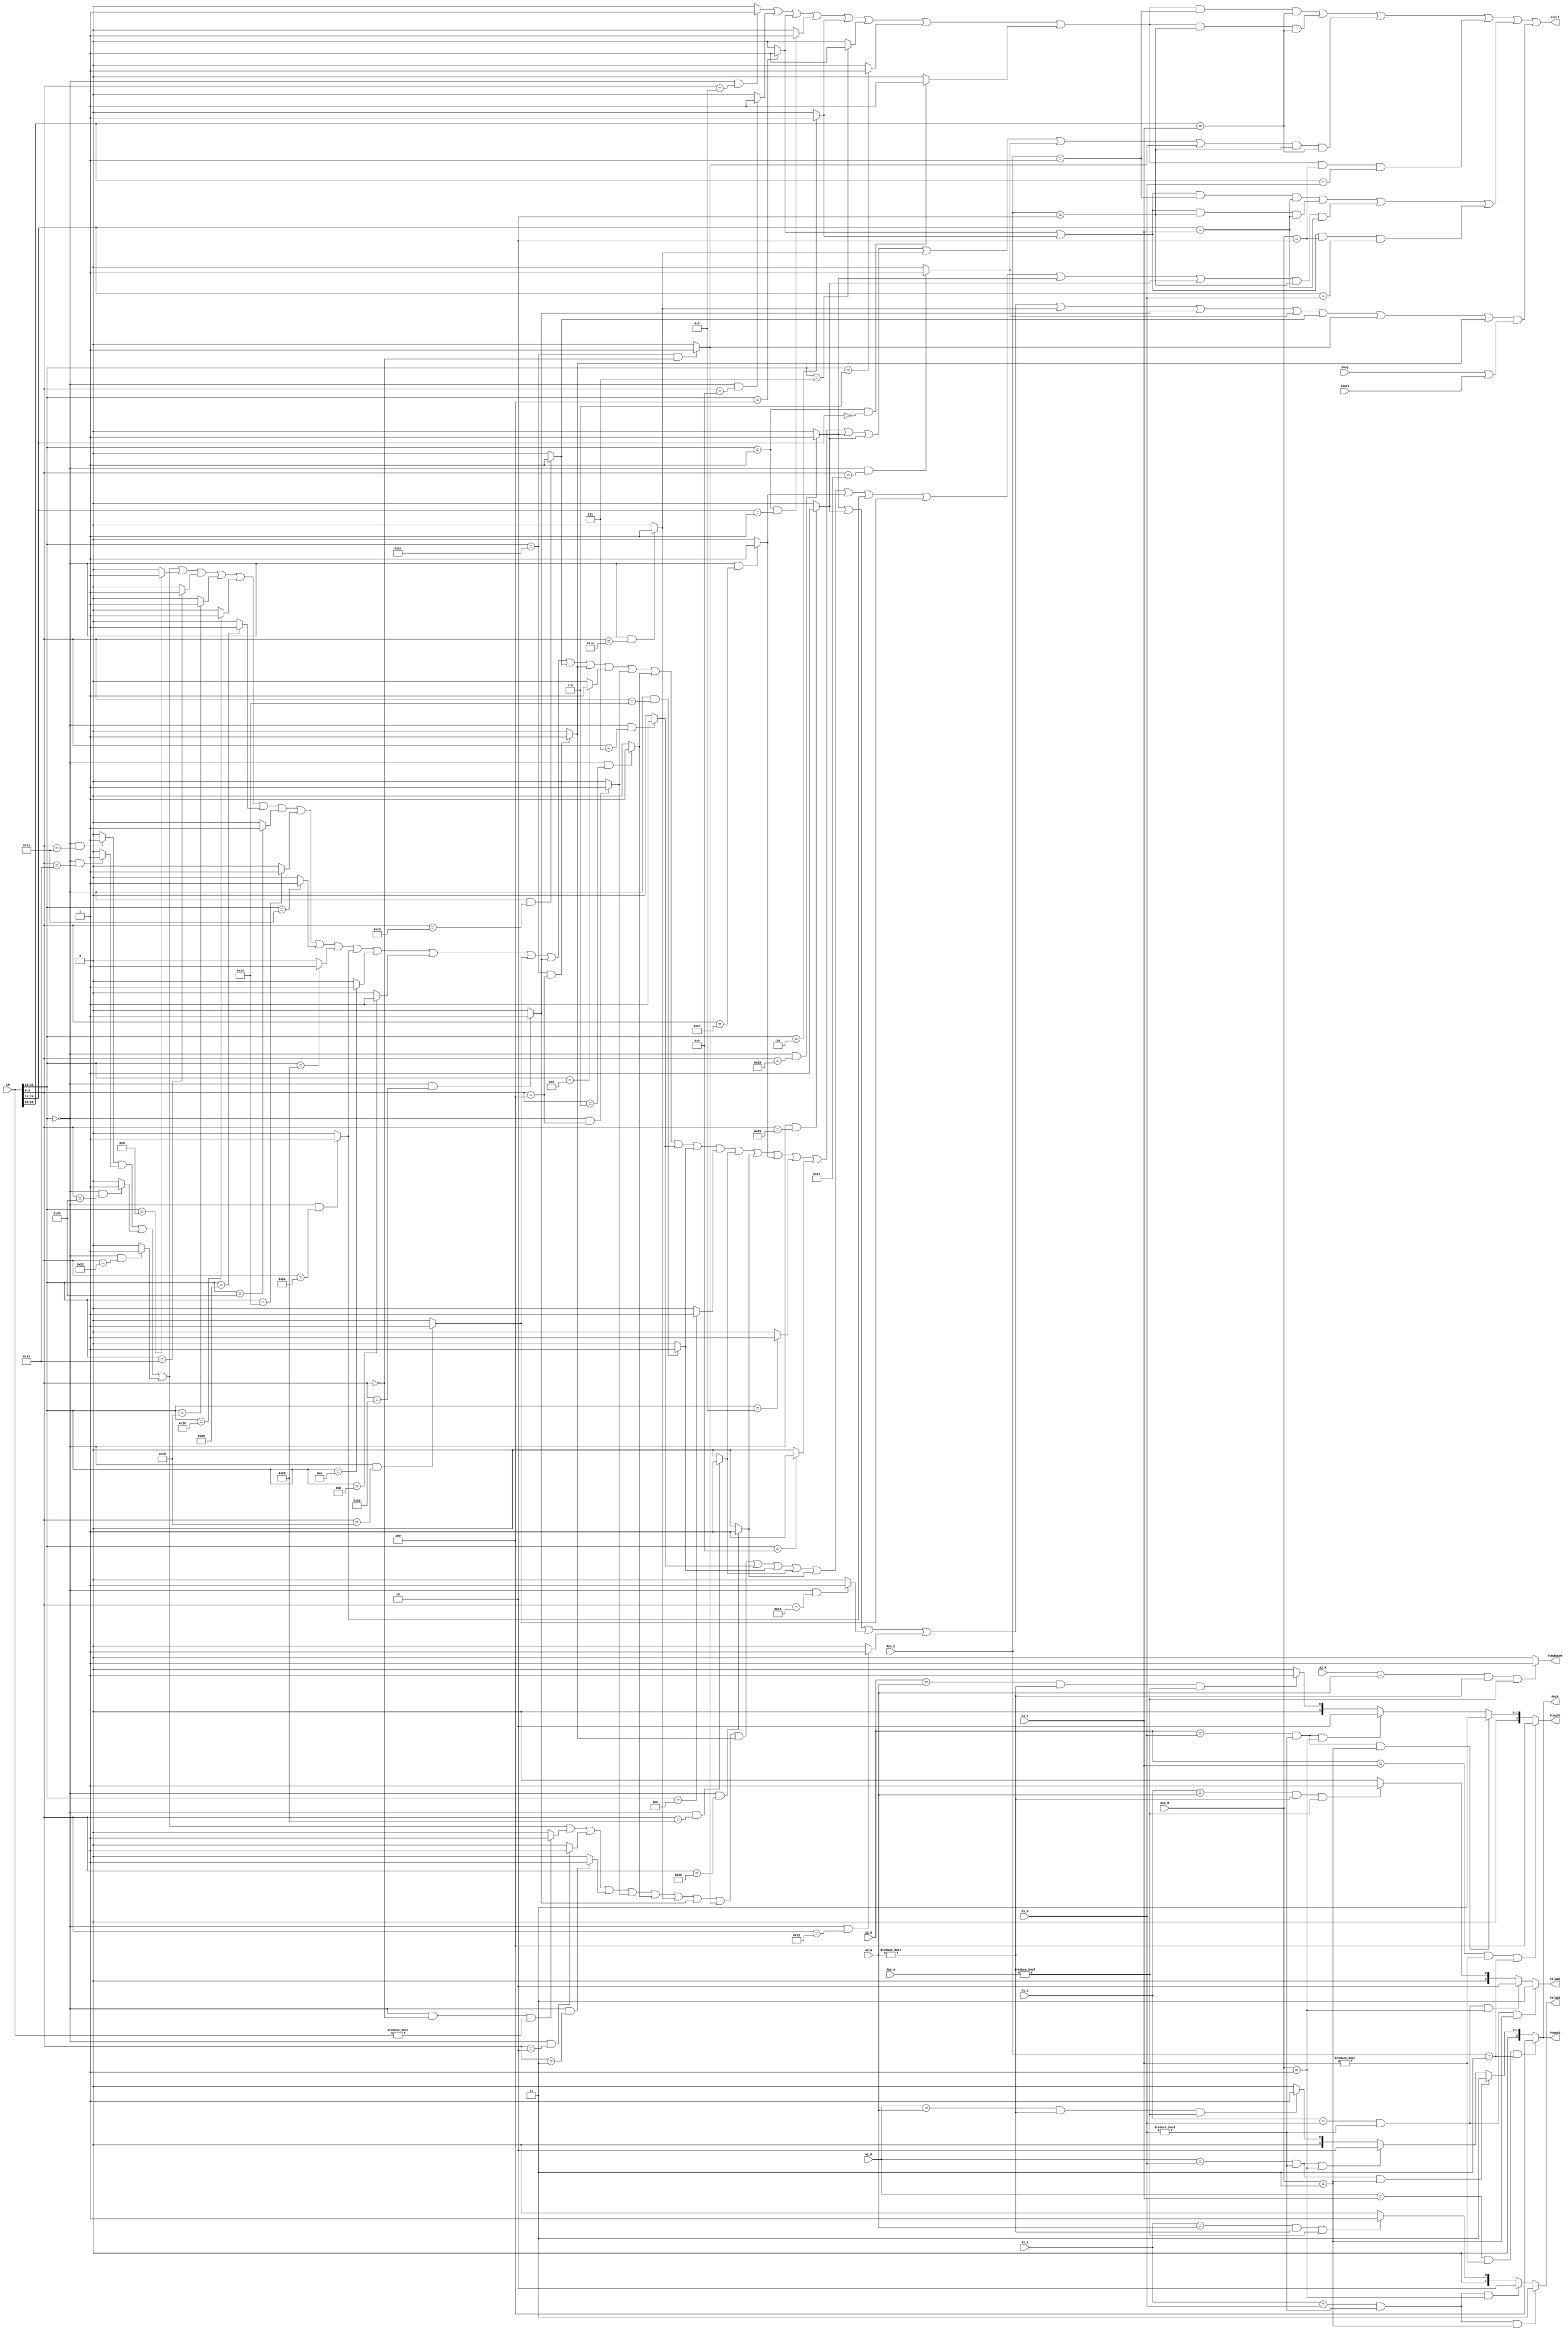
`timescale 1ns / 1ps

`define op	31:26
`define func	5:0
`define rs	25:21
`define rt	20:16

`define NW	2'b00
`define ALU 2'b01
`define DM 2'b10
`define PC 2'b11

`define EtoD_PC	3'd4
`define MtoD_PC	3'd3
`define MtoD_ALU	3'd2
`define WtoD_mux	3'd1
`define DtoD_V	3'd0

`define MtoE_PC	2'd3
`define MtoE_ALU	2'd2
`define WtoE_mux	2'd1
`define EtoE_V	2'd0

`define EtoF_PC	3'd4
`define MtoF_PC	3'd3
`define MtoF_ALU	3'd2
`define WtoF_mux	3'd1
`define FtoF_V	3'd0

`define WtoM_mux 1'b1
`define MtoM_V	1'b0

`define addu	6'b100001
`define subu	6'b100011
`define jr	6'b001000
`define jalr	6'b001001
`define ori	6'b001101
`define lw	6'b100011
`define sw	6'b101011
`define beq	6'b000100
`define lui	6'b001111
`define xori	6'b001110
`define jal	6'b000011
`define j	6'b000010
`define lb	6'b100000
`define lbu	6'b100100
`define lh	6'b100001
`define lhu	6'b100101
`define sb	6'b101000
`define sh	6'b101001
`define add	6'b100000
`define sub	6'b100010
`define sll	6'b000000
`define srl	6'b000010
`define sra	6'b000011
`define sllv	6'b000100
`define srlv	6'b000110
`define srav	6'b000111
`define andand	6'b100100
`define andi	6'b001100
`define oror	6'b100101
`define xorxor	6'b100110
`define nornor	6'b100111
`define bgez	6'b000001
`define bltz	6'b000001
`define blez	6'b000110
`define bgtz	6'b000111
`define addi	6'b001000
`define addiu	6'b001001
`define slt	6'b101010
`define slti	6'b001010
`define sltu	6'b101011
`define sltiu	6'b001011
`define bne	6'b000101
`define mult	6'b011000
`define multu	6'b011001
`define mfhi	6'b010000
`define mflo	6'b010010
`define div	6'b011010
`define divu	6'b011011
`define mthi	6'b010001
`define mtlo	6'b010011
`define madd	6'b011100
`define msub	6'b000100

//////////////////////////////////////////////////////////////////////////////////
// Company: 
// Engineer: 
// 
// Design Name: 
// Module Name:    hazard 
// Project Name: 
// Target Devices: 
// Tool versions: 
// Description: 
//
// Dependencies: 
//
// Revision: 
// Revision 0.01 - File Created
// Additional Comments: 
//
//////////////////////////////////////////////////////////////////////////////////
module hazard(
	input [31:0] IR,
	input [1:0] Res_E,
	input [1:0] Res_M,
	input [1:0] Res_W,
	input [4:0] A3_E,
	input [4:0] A3_M,
	input [4:0] A3_W,
	input [4:0] A1_D,
	input [4:0] A2_D,
	input [4:0] A1_E,
	input [4:0] A2_E,
	input [4:0] A2_M,
	input busy,
	input start,
	output stall,
	output [2:0] Fcmp1D,
	output [2:0] Fcmp2D,
	output [1:0] FaluaE,
	output [1:0] FalubE,
	output [2:0] FPCF,
	output FdmdataM
    );
	 /**/
	wire addu = (IR[`op] == 6'b0 && IR[`func] == `addu) ? 1 : 0;
	wire subu = (IR[`op] == 6'b0 && IR[`func] == `subu) ? 1 : 0;
	wire add = (IR[`op] == 6'b0 && IR[`func] == `add) ? 1 : 0;
	wire sub = (IR[`op] == 6'b0 && IR[`func] == `sub) ? 1 : 0;
	wire jr = (IR[`op] == 6'b0 && IR[`func] == `jr) ? 1 : 0;
	wire jalr = (IR[`op] == 6'b0 && IR[`func] == `jalr) ? 1 : 0;
	wire ori = (IR[`op] == `ori) ? 1 : 0;
	wire lw = (IR[`op] == `lw) ? 1 : 0;
	wire sw = (IR[`op] == `sw) ? 1 : 0;
	wire beq = (IR[`op] == `beq) ? 1 : 0;
	wire lui = (IR[`op] == `lui) ? 1 : 0;
	wire xori = (IR[`op] == `xori) ? 1 : 0;
	wire jal = (IR[`op] == `jal) ? 1 : 0;
	wire j = (IR[`op] == `j) ? 1 : 0;
	wire lb = (IR[`op] == `lb) ? 1 : 0;
	wire lbu = (IR[`op] == `lbu) ? 1 : 0;
	wire lh = (IR[`op] == `lh) ? 1 : 0;
	wire lhu = (IR[`op] == `lhu) ? 1 : 0;
	wire sb = (IR[`op] == `sb) ? 1 : 0;
	wire sh = (IR[`op] == `sh) ? 1 : 0;
	wire sll = (IR[`op] == 6'b0 && IR[`func] == `sll && IR != 32'b0) ? 1 : 0;
	wire srl = (IR[`op] == 6'b0 && IR[`func] == `srl) ? 1 : 0;
	wire sra = (IR[`op] == 6'b0 && IR[`func] == `sra) ? 1 : 0;
	wire sllv = (IR[`op] == 6'b0 && IR[`func] == `sllv) ? 1 : 0;
	wire srlv = (IR[`op] == 6'b0 && IR[`func] == `srlv) ? 1 : 0;
	wire srav = (IR[`op] == 6'b0 && IR[`func] == `srav) ? 1 : 0;
	wire andand = (IR[`op] == 6'b0 && IR[`func] == `andand) ? 1 : 0;
	wire andi = (IR[`op] == `andi) ? 1 : 0;
	wire oror = (IR[`op] == 6'b0 && IR[`func] == `oror) ? 1 : 0;
	wire xorxor = (IR[`op] == 6'b0 && IR[`func] == `xorxor) ? 1 : 0;
	wire nornor = (IR[`op] == 6'b0 && IR[`func] == `nornor) ? 1 : 0;
	wire bgez = (IR[`op] == `bgez && IR[`rt] == 5'b00001) ? 1 : 0;
	wire addi = (IR[`op] == `addi) ? 1 : 0;
	wire addiu = (IR[`op] == `addiu) ? 1 : 0;
	wire slt = (IR[`op] == 6'b0 && IR[`func] == `slt) ? 1 : 0;
	wire slti= (IR[`op] == `slti) ? 1 : 0;
	wire sltu = (IR[`op] == 6'b0 && IR[`func] == `sltu) ? 1 : 0;
	wire sltiu= (IR[`op] == `sltiu) ? 1 : 0;
	wire bne= (IR[`op] == `bne) ? 1 : 0;
	wire bltz = (IR[`op] == `bltz && IR[`rt] == 5'b00000) ? 1 : 0;
	wire blez = (IR[`op] == `blez) ? 1 : 0;
	wire bgtz= (IR[`op] == `bgtz) ? 1 : 0;
	wire mult = (IR[`op] == 6'b0 && IR[`func] == `mult) ? 1 : 0;
	wire multu = (IR[`op] == 6'b0 && IR[`func] == `multu) ? 1 : 0;
	wire mfhi = (IR[`op] == 6'b0 && IR[`func] == `mfhi) ? 1 : 0;
	wire mflo = (IR[`op] == 6'b0 && IR[`func] == `mflo) ? 1 : 0;
	wire div = (IR[`op] == 6'b0 && IR[`func] == `div) ? 1 : 0;
	wire divu = (IR[`op] == 6'b0 && IR[`func] == `divu) ? 1 : 0;
	wire mthi = (IR[`op] == 6'b0 && IR[`func] == `mthi) ? 1 : 0;
	wire mtlo = (IR[`op] == 6'b0 && IR[`func] == `mtlo) ? 1 : 0;
	wire madd = (IR[`op] ==`madd && IR[`func] == 6'b0) ? 1 : 0;
	wire msub = (IR[`op] ==`madd && IR[`func] == `msub) ? 1 : 0;

	/*TuseDcycle*/
	wire Tuse_RS0 = jr | jalr | beq | bgez | bne | bgtz | blez | bltz;
	wire Tuse_RS1 = addu | subu | add | sub | ori | lw | sw | sb | sh | lb | lbu | lh | lhu | slt | slti | sltiu | sltu | divu | mtlo | msub
						| xori | sllv | srlv | srav | andand | andi | oror | xorxor | nornor | addi | addiu | mult | multu | div | mthi | madd;
	wire Tuse_RT0 = beq | bne;
	wire Tuse_RT1 = addu | subu | add | sub | sll | srl | sra | sllv | srlv | div | divu | madd | msub
						 | srav | andand | oror | xorxor | nornor | slt | sltu | mult | multu;
	wire Tuse_RT2 = sw | sb | sh;
	
	wire stall_RS0_E1 = Tuse_RS0 & (Res_E == `ALU) & (IR[`rs] == A3_E);
	wire stall_RS0_E2 = Tuse_RS0 & (Res_E == `DM) & (IR[`rs] == A3_E);
	wire stall_RS1_E2 = Tuse_RS1 & (Res_E == `DM) & (IR[`rs] == A3_E);
	wire stall_RS0_M1 = Tuse_RS0 & (Res_M == `DM) & (IR[`rs] == A3_M);
	
	wire stall_RT0_E1 = Tuse_RT0 & (Res_E == `ALU) & (IR[`rt] == A3_E);
	wire stall_RT0_E2 = Tuse_RT0 & (Res_E == `DM) & (IR[`rt] == A3_E);
	wire stall_RT1_E2 = Tuse_RT1 & (Res_E == `DM) & (IR[`rt] == A3_E);
	wire stall_RT0_M1 = Tuse_RT0 & (Res_M == `DM) & (IR[`rt] == A3_M);
	
	wire stall_RS = stall_RS0_E1 |  stall_RS0_E2 | stall_RS1_E2 | stall_RS0_M1;
	wire stall_RT = stall_RT0_E1 | stall_RT0_E2 | stall_RT1_E2 | stall_RT0_M1;
	wire stall_busy = (mult | multu | mfhi | mflo | div | divu | mthi | mtlo | madd | msub) & (busy | start);
	
	assign stall = stall_RS | stall_RT | stall_busy;
	/*mux*/
	assign Fcmp1D = ((A1_D == A3_E) && (A3_E != 5'd0) && (Res_E == `PC)) ? `EtoD_PC :
						 ((A1_D == A3_M) && (A3_M != 5'd0) && (Res_M == `PC)) ? `MtoD_PC :
						 ((A1_D == A3_M) && (A3_M != 5'd0) && (Res_M == `ALU)) ? `MtoD_ALU :
						 ((A1_D == A3_W) && (A3_W != 5'd0) && (Res_W != `NW)) ? `WtoD_mux : `DtoD_V;
	assign Fcmp2D = ((A2_D == A3_E) && (A3_E != 5'd0) && (Res_E == `PC)) ? `EtoD_PC :
						 ((A2_D == A3_M) && (A3_M != 5'd0) && (Res_M == `PC)) ? `MtoD_PC :
						 ((A2_D == A3_M) && (A3_M != 5'd0) && (Res_M == `ALU)) ? `MtoD_ALU :
						 ((A2_D == A3_W) && (A3_W != 5'd0) && (Res_W != `NW)) ? `WtoD_mux : `DtoD_V;
	assign FaluaE = ((A1_E == A3_M) && (A3_M != 5'd0) && (Res_M == `PC)) ? `MtoE_PC :
						 ((A1_E == A3_M) && (A3_M != 5'd0) && (Res_M == `ALU)) ? `MtoE_ALU :
						 ((A1_E == A3_W) && (A3_W != 5'd0) && (Res_W != `NW)) ? `WtoE_mux : `EtoE_V;
	assign FalubE = ((A2_E == A3_M) && (A3_M != 5'd0) && (Res_M == `PC)) ? `MtoE_PC :
						 ((A2_E == A3_M) && (A3_M != 5'd0) && (Res_M == `ALU)) ? `MtoE_ALU :
						 ((A2_E == A3_W) && (A3_W != 5'd0) && (Res_W != `NW)) ? `WtoE_mux : `EtoE_V;
	assign FdmdataM = ((A2_M == A3_W) && (A3_W != 5'd0) && (Res_W != `NW)) ? `WtoM_mux : `MtoM_V;
	assign FPCF = ((A1_D == A3_E) && (A3_E != 5'd0) && (Res_E == `PC)) ? `EtoF_PC :
					  ((A1_D == A3_M) && (A3_M != 5'd0) && (Res_M == `PC)) ? `MtoF_PC :
					  ((A1_D == A3_M) && (A3_M != 5'd0) && (Res_M == `ALU)) ? `MtoF_ALU :
					  ((A1_D == A3_W) && (A3_W != 5'd0) && (Res_W != `NW)) ? `WtoF_mux : `FtoF_V;/*FPCFdA1_F*/

endmodule